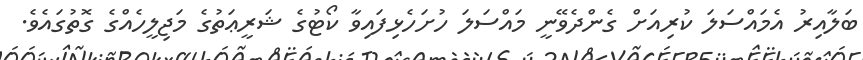
ބަލާއިރު އެމައްސަލަ ކުރިއަށް ގެންދެވޭނީ މައްސަލަ ހުށަހެޅިފައިވާ ކޯޓުގެ ޝަރީޢަތުގެ މަޖިލީހެއްގެ ގޮތުގައެވެ.